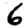
Digit: 6